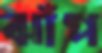
ঝাঁপ